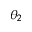
\theta _ { 2 }